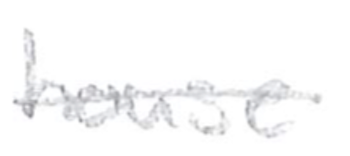
Text: house
Cross-out: single-line
Writing tool: pencil